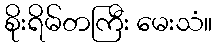
စိုးရိမ်တကြီး မေးသံ။